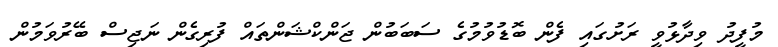
މުފީދު ވިދާޅުވީ ރަށުގައި ފެން ބޮޑުވުމުގެ ސަބަބުން ޖަންކްޝަންތައް ފުރިގެން ނަޖިސް ބޭރުވަމުން